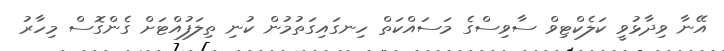
އޭނާ ވިދާޅުވީ ކަލެކްޓިވް ސާވިސްގެ މަސައްކަތް ހިނގައިގަތުމުން ކުނި ތިލަފުއްޓަށް ގެންގޮސް މިހާރު